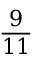
\frac { 9 } { 1 1 }